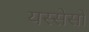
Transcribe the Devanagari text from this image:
यस्सेसो